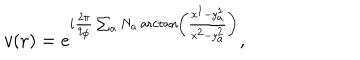
LaTeX: v ( { \bf r } ) = e ^ { i { \frac { 2 \pi } { q _ { \phi } } } \sum _ { a } N _ { a } \operatorname { a r c t a n } \left( \frac { x ^ { 1 } - y _ { a } ^ { 1 } } { x ^ { 2 } - y _ { a } ^ { 2 } } \right) } ,